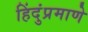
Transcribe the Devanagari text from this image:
हिंदुंप्रमाणे